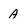
Character: A